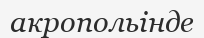
акропольінде